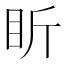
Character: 盺